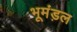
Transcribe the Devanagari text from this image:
भूमंड़ल